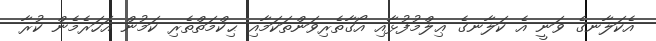
އެކަލާނގެ ވަނީ އެ ކަލާނގެ ޢިލްމުފުޅާއި އޯގާތެރިވަންތަކަމާއި ޙިކްމަތްތެރި ކަމުން އަހަރެމެން ކުރާ